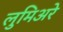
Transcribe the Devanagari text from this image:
लुमिअरे